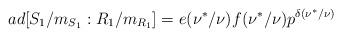
LaTeX: \begin{align*}ad[S_1/m_{S_1}:R_1/m_{R_1}]=e(\nu^*/\nu)f(\nu^*/\nu)p^{\delta(\nu^*/\nu)}\end{align*}